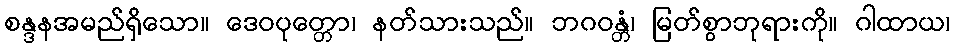
စန္ဒနအမည်ရှိသော။ ဒေဝပုတ္တော၊ နတ်သားသည်။ ဘဂဝန္တံ၊ မြတ်စွာဘုရားကို။ ဂါထာယ၊